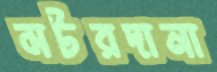
মটরদানা